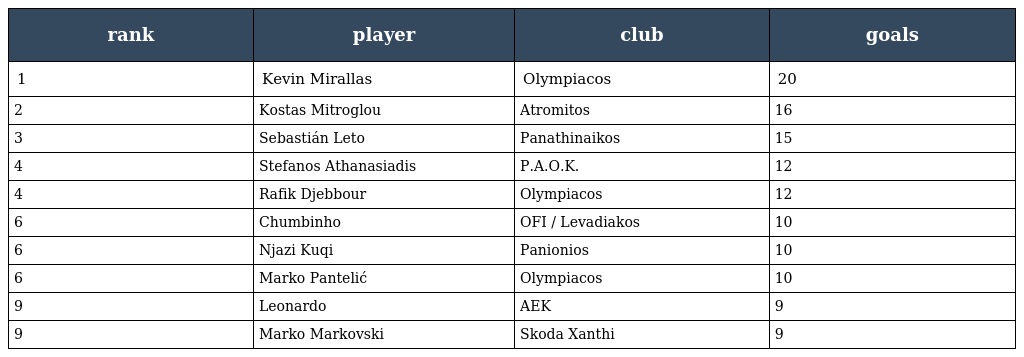
| rank | player | club | goals |
 | --- | --- | --- | --- |
 | 1 | Kevin Mirallas | Olympiacos | 20 |
 | 2 | Kostas Mitroglou | Atromitos | 16 |
 | 3 | Sebastián Leto | Panathinaikos | 15 |
 | 4 | Stefanos Athanasiadis | P.A.O.K. | 12 |
 | 4 | Rafik Djebbour | Olympiacos | 12 |
 | 6 | Chumbinho | OFI / Levadiakos | 10 |
 | 6 | Njazi Kuqi | Panionios | 10 |
 | 6 | Marko Pantelić | Olympiacos | 10 |
 | 9 | Leonardo | AEK | 9 |
 | 9 | Marko Markovski | Skoda Xanthi | 9 |